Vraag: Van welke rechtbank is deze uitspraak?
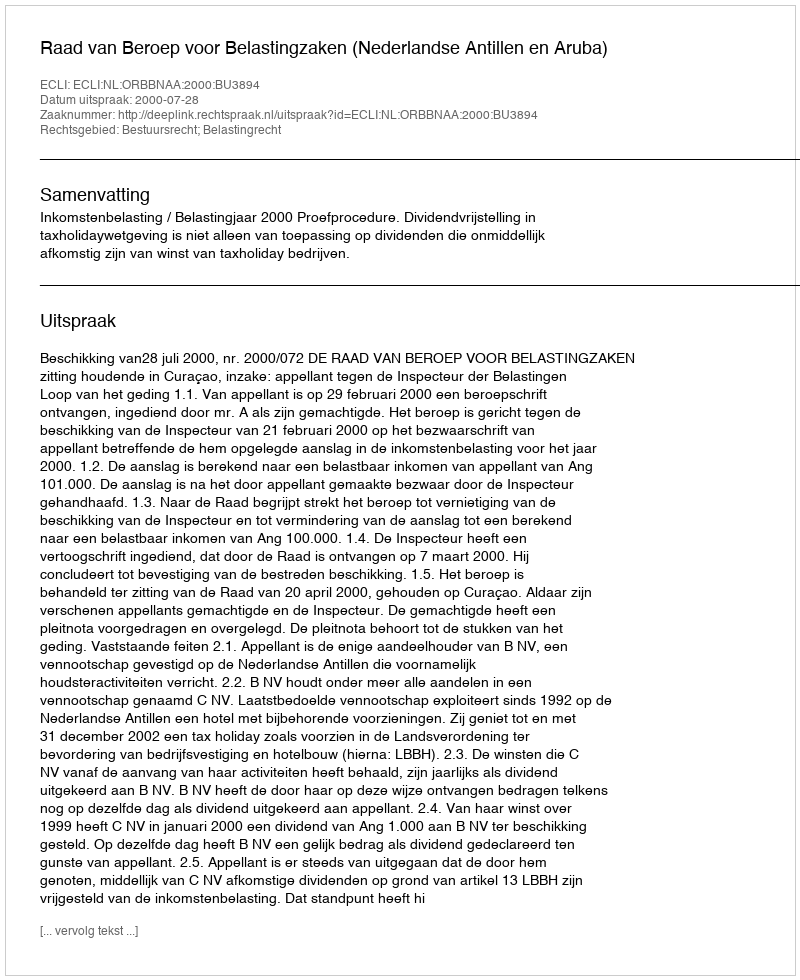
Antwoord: Raad van Beroep voor Belastingzaken (Nederlandse Antillen en Aruba)